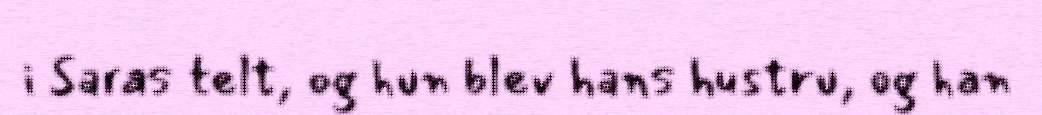
i Saras telt, og hun blev hans hustru, og han